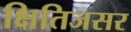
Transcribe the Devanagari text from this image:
क्षितिजसर